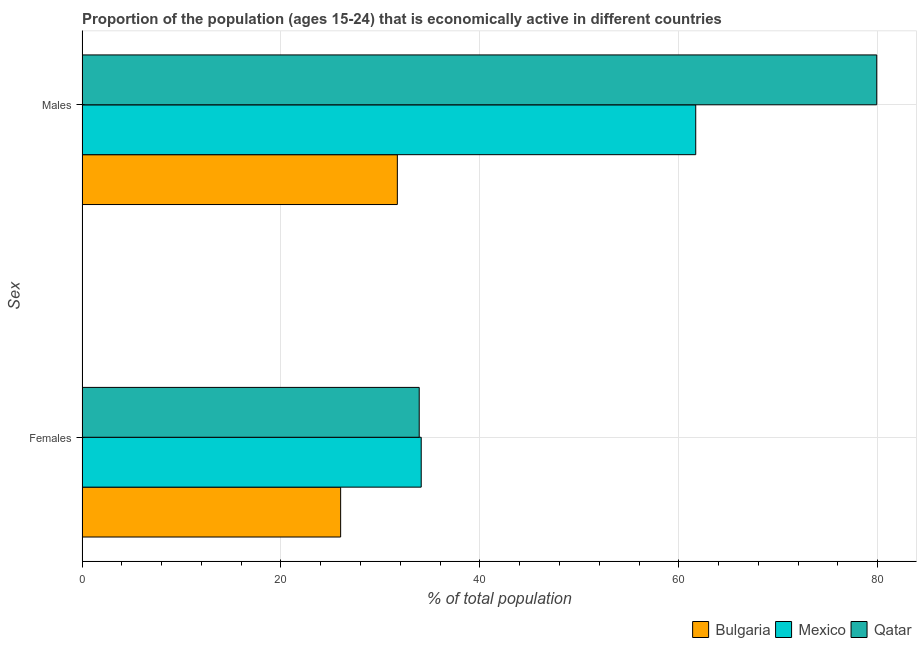
| Sex | Bulgaria | Mexico | Qatar |
 | --- | --- | --- | --- |
 | Females | 26 | 34.1 | 33.9 |
 | Males | 31.7 | 61.7 | 79.9 |